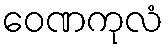
ဝေဏကုလံ